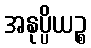
အနုပ္ပိယဉ္စ